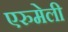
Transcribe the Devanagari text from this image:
एरुमेली